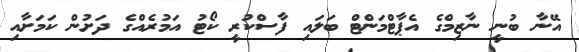
އޭނާ ބުނީ ނާޒިމްގެ އެޕާޓްމަންޓް ބަލައި ފާސްކުރީ ކޯޓު އަމުރެއްގެ ދަށުން ކަމަށާއި